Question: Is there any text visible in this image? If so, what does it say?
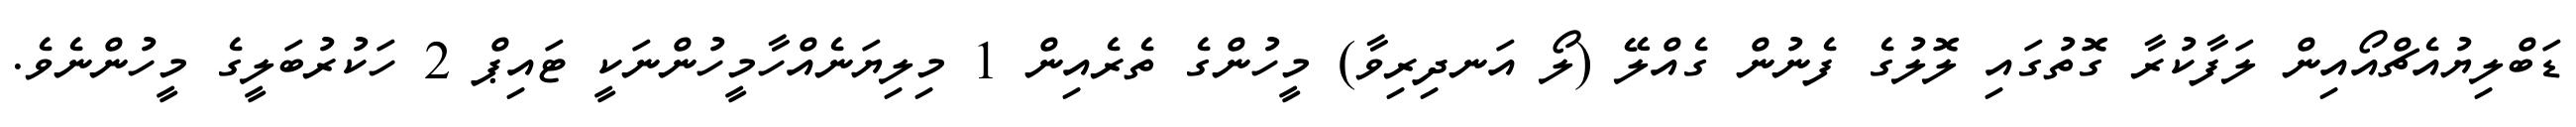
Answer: ޑަބްލިޔުއެޗްއޯއިން ލަފާކުރާ ގޮތުގައި ލޮލުގެ ފެނުން ގެއްލޭ (ލޯ އަނދިރިވާ) މީހުންގެ ތެރެއިން 1 މިލިޔަނެއްހާމީހުންނަކީ ޓައިޕް 2 ހަކުރުބަލީގެ މީހުންނެވެ.